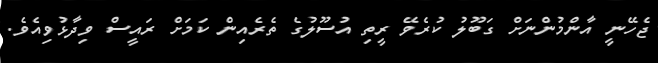
ޖެހޭނީ އާންމުންނަށް ގަބޫލު ކުރެވޭ ރީތި އުސޫލުގެ ތެރެއިން ކަމަށް ރައީސް ވިދާޅުވިއެވެ.